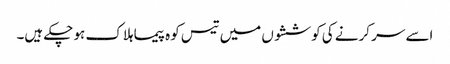
اسے سر کرنے کی کوششوں میں تیس کوہ پیما ہلاک ہو چکے ہیں۔